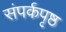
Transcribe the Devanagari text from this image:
संपर्कपृष्ठ